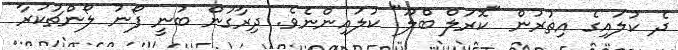
ދެ ކުލައިގެ އިތުރުން "ކޮރަލް ބްލޫ" ކުލައިންނެވެ. ދިރާގުން ބުނީ ފޯނު ލޯންޗުކުރާ